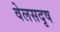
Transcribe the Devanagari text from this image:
वेलसदृष